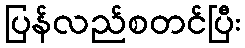
ပြန်လည်စတင်ပြီး